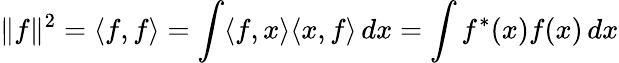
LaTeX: \| f\| ^{2}=\langle f,f\rangle=\int\langle f,x\rangle\langle x,f\rangle\, dx=\int f^{*}(x)f(x)\, dx